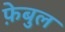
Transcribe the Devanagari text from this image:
फ़ेबुल